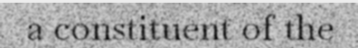
a constituent of the